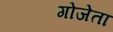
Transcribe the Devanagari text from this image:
गोजेता